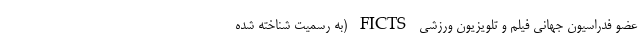
عضو فدراسیون جهانی فیلم و تلویزیون ورزشی FICTS (به رسمیت شناخته شده